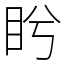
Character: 盻